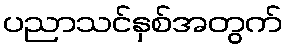
ပညာသင်နှစ်အတွက်